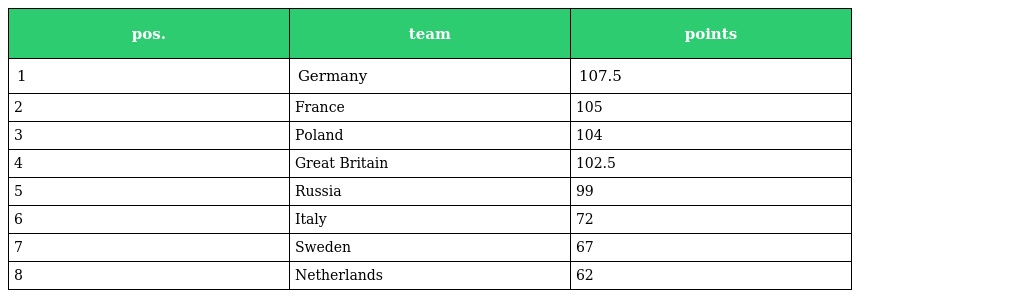
| pos. | team | points |
 | --- | --- | --- |
 | 1 | Germany | 107.5 |
 | 2 | France | 105 |
 | 3 | Poland | 104 |
 | 4 | Great Britain | 102.5 |
 | 5 | Russia | 99 |
 | 6 | Italy | 72 |
 | 7 | Sweden | 67 |
 | 8 | Netherlands | 62 |